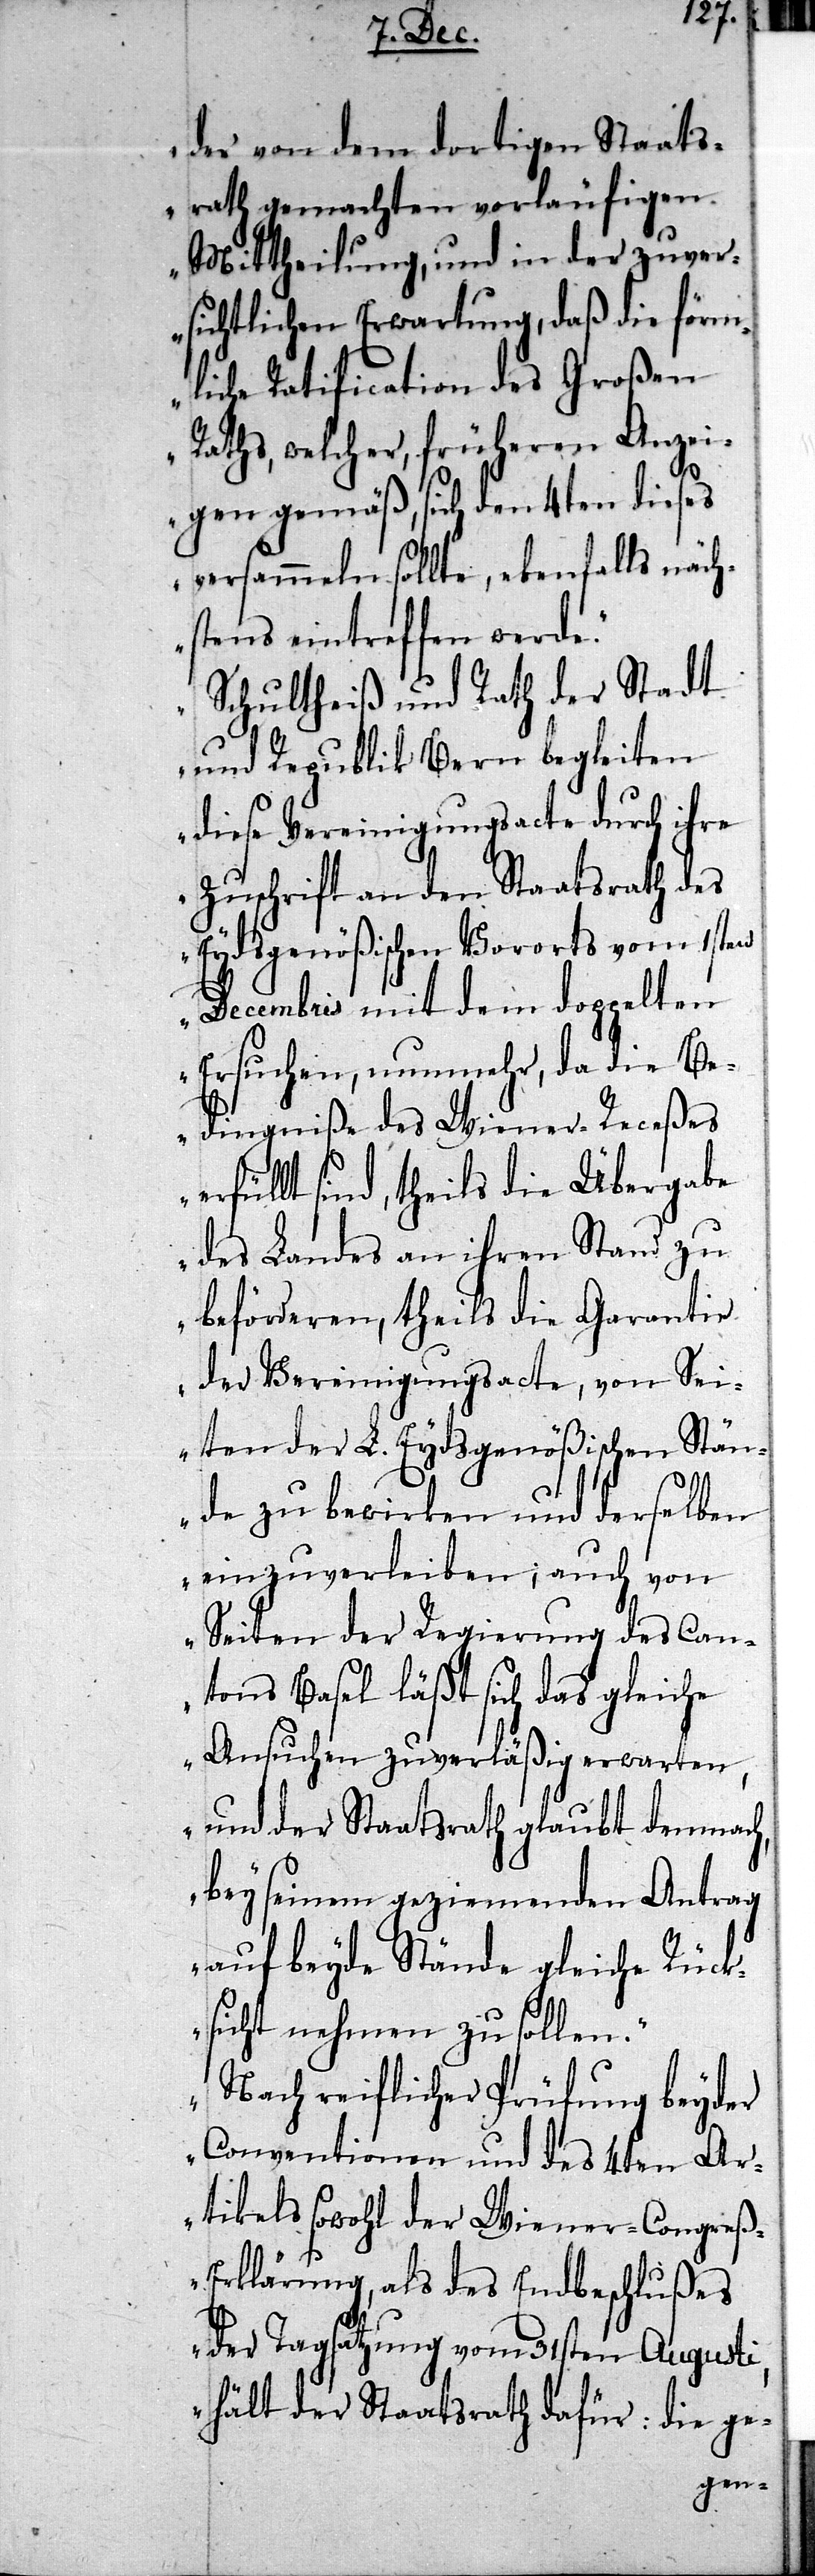
der von dem dortigen Staats¬
rath gemachten vorläufigen
Mittheilung, und in der zuver¬
sichtlichen Erwartung, daß die förm¬
liche Ratification des Großen
Raths, welcher, früheren Anzei¬
gen gemäß, sich den 4ten dieses
versammeln sollte, ebenfalls näch¬
stens eintreffen werde.
Schultheiß und Rath der Stadt
und Republik Bern begleiten
diese Vereinigungsacte durch ihre
Zuschrift an den Staatsrath des
Eydsgenößischen Vororts von 1sten
Decembris mit dem doppelten
Ersuchen, nunmehr, da die Be¬
dingniße des Wiener-Receßes
erfüllt sind, theils die Übergabe
des Landes an ihren Stand zu
beförderen, theils die Garantie
der Vereinigungsacte, von Sei¬
ten der L. Eydsgenößischen Stän¬
de zu bewirken und derselben
einzuverleiben; auch von
Seiten der Regierung des Can¬
tons Basel läßt sich das gleiche
Ansuchen zuverläßig erwarten,
und der Staatsrath glaubt demnach,
bey seinem geziemenden Antrag
auf beyde Stände gleiche Rück¬
sicht nehmen zu sollen.
Nach reiflicher Prüfung beyder
Conventionen und des 4ten Ar¬
tikels sowohl der Wiener-Congre¬
ß-Erklärung, als des Endbeschlußes
der Tagsatzung vom 31sten Augusti,
hält der Staatsrath dafür: die ge-